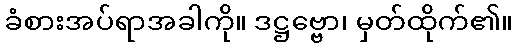
ခံစားအပ်ရာအခါကို။ ဒဋ္ဌဗ္ဗော၊ မှတ်ထိုက်၏။